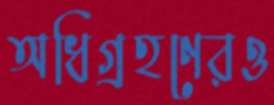
অধিগ্রহণেরও